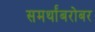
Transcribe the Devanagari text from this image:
समर्थांबरोबर